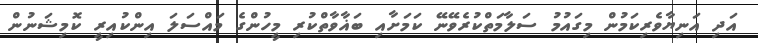
އަދި އަނިޔާވެރިކަމުން މިގައުމު ސަލާމަތްކުރެވޭނޭ ކަމަށާއި ބަޣާވާތްކުރި މީހުންގެ މައްސަލަ އިންކުއިރީ ކޮމިޝަނުން